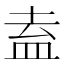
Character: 盍